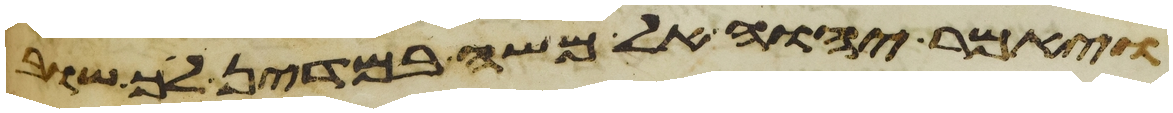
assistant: ויאמר יהוה אל משה במדין לך שוב